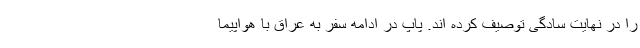
را در نهایت سادگی توصیف کرده اند. پاپ در ادامه سفر به عراق با هواپیما